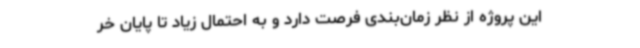
این پروژه از نظر زمان‌بندی فرصت دارد و به احتمال زیاد تا پایان خر